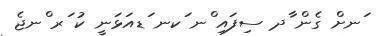
ަނށް ގެން ާދ ސިފައި ްނ ަކނ ަޑއަޅަނީ ކު ަރ ްނޖެ